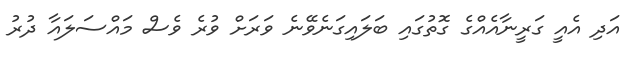
އަދި އެއީ ގަރީނާއެއްގެ ގޮތުގައި ބަލައިގަނެވޭނެ ވަރަށް ވުރެ ވެސް މައްސަލައާ ދުރު